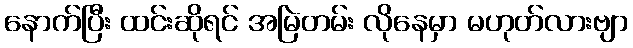
နောက်ပြီး ထင်းဆိုရင် အမြဲတမ်း လိုနေမှာ မဟုတ်လားဗျာ